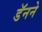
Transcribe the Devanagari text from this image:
डॅनने